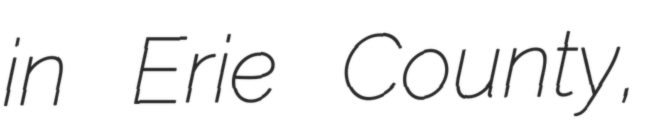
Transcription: in Erie County,